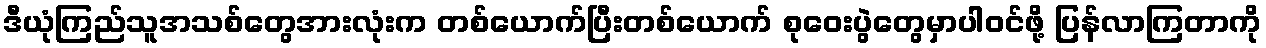
ဒီယုံကြည်သူအသစ်တွေအားလုံးက တစ်ယောက်ပြီးတစ်ယောက် စုဝေးပွဲတွေမှာပါဝင်ဖို့ ပြန်လာကြတာကို